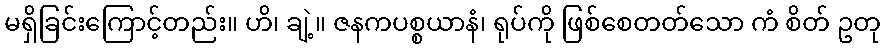
မရှိခြင်းကြောင့်တည်း။ ဟိ၊ ချဲ့။ ဇနကပစ္စယာနံ၊ ရုပ်ကို ဖြစ်စေတတ်သော ကံ စိတ် ဥတု